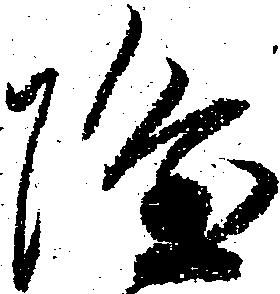
隆